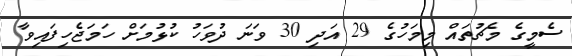
ސެމީގެ މެޗުތައް މިމަހުގެ 29 އަދި 30 ވަނަ ދުވަހު ކުޅުމަށް ހަމަޖެހިފައިވާ